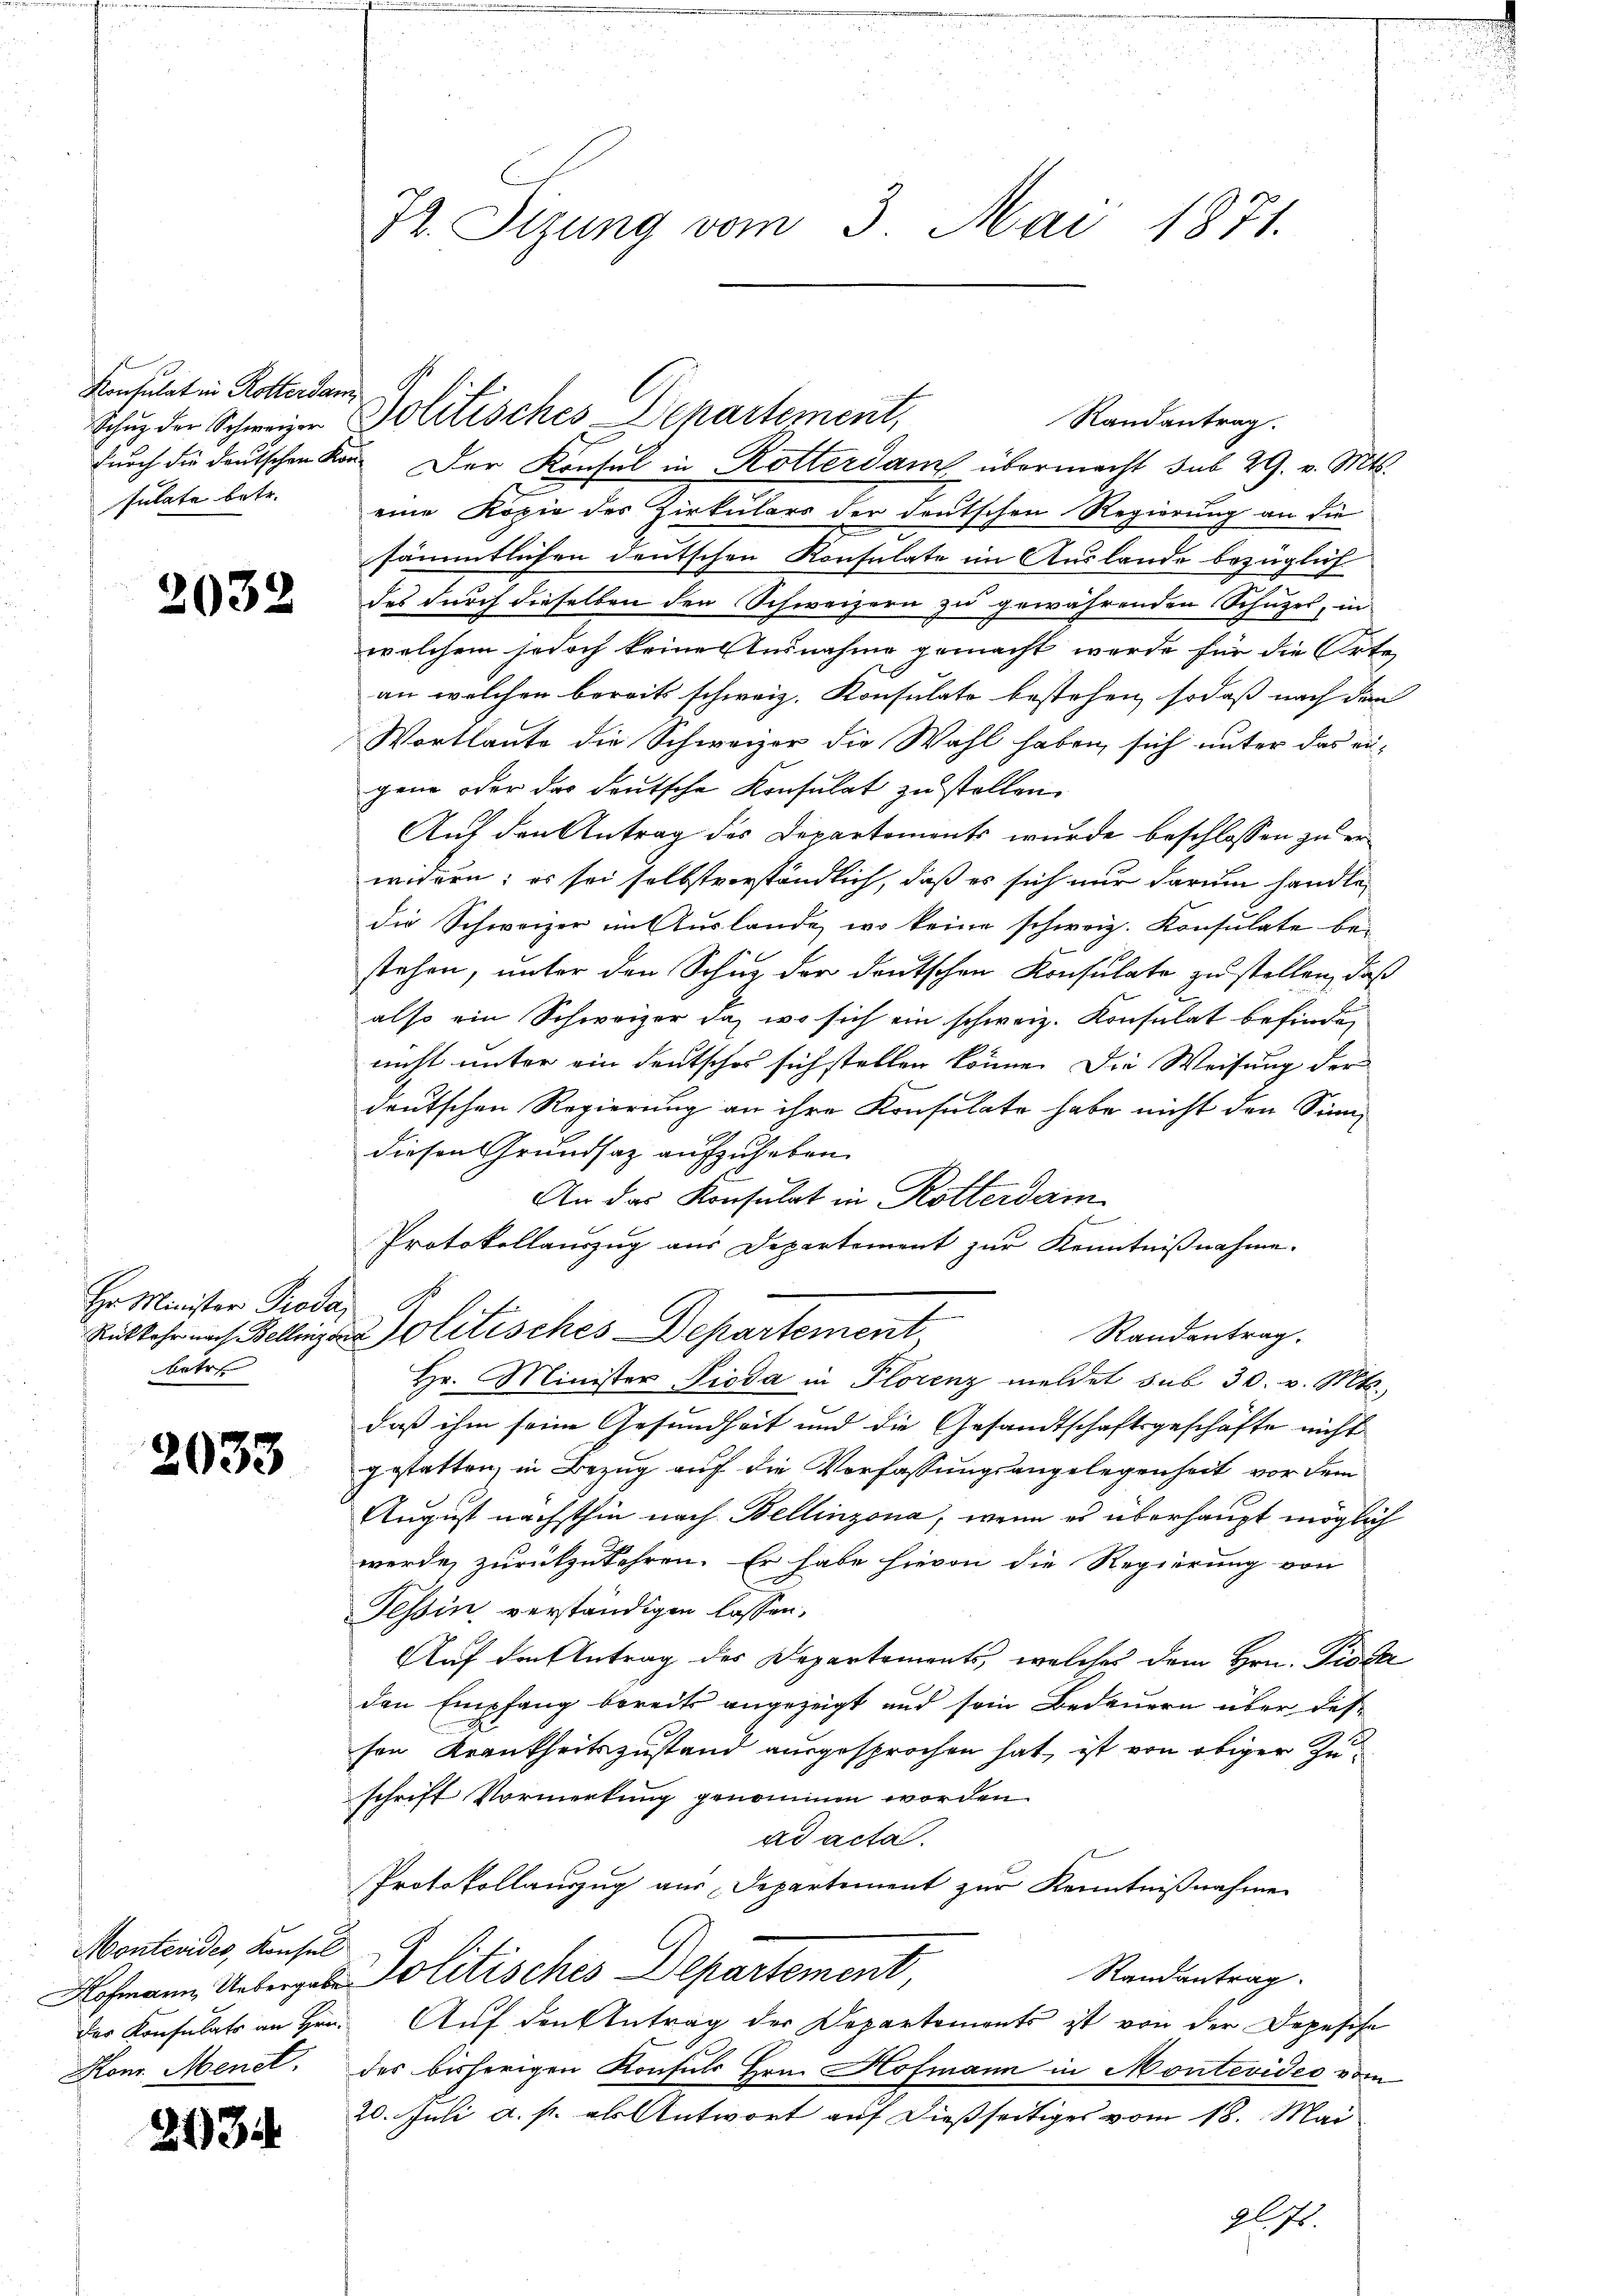
Konsulat in Rotterdam,
sulate betr.

2032

Hr Minister Pioda,
Rükkehr nach Bellinzon
Metr

2033

Montevides, Konsul
Hofmann Uebergabe
des Konsulats an Hrn.
Kons. Menet,

2134

St. Sitzung vom 3. Mai 1871.

durch die deutschen Kan der Konsul in Rotterdam übermacht sub 29. v. Mts.
eine Kopie des Zirkulars der deutschen Regierung an die
sämmtlichen deutschen Konsulate im Auslande bezüglich
des durch dieselben den Schweizern zu gewährenden Schuzes, in
welchem jedoch keine Ausnahme gemacht werde für die Orte
an welchen bereits schweiz. Konsulato bestehen, sodaß nach den
Wortlaute die Schweizer die Wahl haben, sich unter das an-
gene oder das deutsche Konsulat zu stellen.
Auf den Antrag des Departements wurde beschlossen zu erwidern; es sei selbstverständlich, daß es sich nur darum handle,
die Schweizer in Auslande, wo keine schweiz. Konsulate be-
stehen, unter den Schuz der deutschen Konsulate zu stellen, daß
also ein Schweizer da, wo sich ein schweiz. Konsulat befinde,
nicht unter ein deutscher sich stellen könne. Die Weisung der
deutschen Regierung an ihre Konsulate habe nicht den Sinn
diesen Grundsaz aufzuheben.
An das Konsulat in Rotterdam
Protokollauszug aus Departement zur Kenntnißnahme.
6
Zolitisches Departement
Randantrag.
Hr. Minister Pioda in Florenz meldet sub 30. v. Mts.,
daß ihm seine Gesundheit und die Gesandtschaftsgeschäfte nicht
gestatten, in Bezug auf die Verfassungsangelegenheit vor dem
August nächsthin nach Bellinzona, wenn es überhaupt möglich
werde, zurükzukehren. Er habe hievon die Regierung von
Tessin verständigen lassen.
Auf den Antrag des Departements, welches dem Hrn. Pioda
den Empfang bereits angezeigt und sein Bedauern über des-
sen Krankheitszustand ausgesprochen hat, ist von obiger Zuschrift Vormerkung genommen worden.
ad acta.
Protokollauszug aus Departement zur Kenntnißnahme
 Politisches Departement,
Randantrag.
Auf den Antrag der Departements ist von der Depesche
des bisherigen Konsuls Hrn. Hofmann in Montevides vom
20. Juli a. p. als Antwort auf dießseitiges vom 18. Mai
gl78.

Schuz der Schweizer Politisches Departement,

Randantrag.